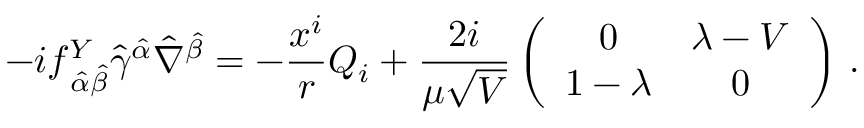
- i f _ { \, \hat { \alpha } \hat { \beta } } ^ { Y } \hat { \gamma } ^ { \hat { \alpha } } \hat { \nabla } ^ { \hat { \beta } } = - \frac { x ^ { i } } { r } Q _ { i } + \frac { 2 i } { \mu \sqrt { V } } \left( \begin{array} { c c } { { 0 } } & { { \lambda - V } } \\ { { 1 - \lambda } } & { { 0 } } \end{array} \right) \, .